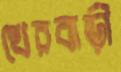
খেরবাড়ী